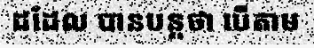
ដដែល បានបន្តថា បើតាម